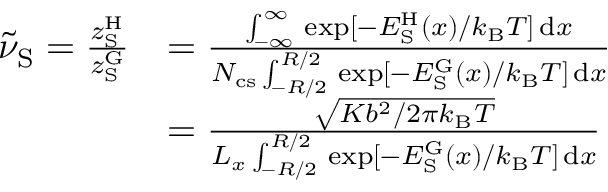
\begin{array} { r l } { \tilde { \nu } _ { \mathrm { S } } = \frac { z _ { \mathrm { S } } ^ { \mathrm { H } } } { z _ { \mathrm { S } } ^ { \mathrm { G } } } } & { = \frac { \int _ { - \infty } ^ { \infty } \, \exp [ - E _ { \mathrm { S } } ^ { \mathrm { H } } ( x ) / k _ { \mathrm { B } } T ] \, \mathrm { d } x } { N _ { \mathrm { c s } } \int _ { - R / 2 } ^ { R / 2 } \, \exp [ - E _ { \mathrm { S } } ^ { \mathrm { G } } ( x ) / k _ { \mathrm { B } } T ] \, \mathrm { d } x } } \\ & { = \frac { \sqrt { K b ^ { 2 } / 2 \pi k _ { \mathrm { B } } T } } { L _ { x } \int _ { - R / 2 } ^ { R / 2 } \, \exp [ - E _ { \mathrm { S } } ^ { \mathrm { G } } ( x ) / k _ { \mathrm { B } } T ] \, \mathrm { d } x } } \end{array}